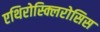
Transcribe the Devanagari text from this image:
एथिरोस्क्लिरोसिस